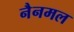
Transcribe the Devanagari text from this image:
नैनमल